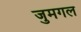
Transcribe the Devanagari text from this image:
जुमगल